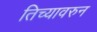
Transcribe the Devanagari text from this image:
तिच्यावरुन